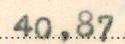
40,87